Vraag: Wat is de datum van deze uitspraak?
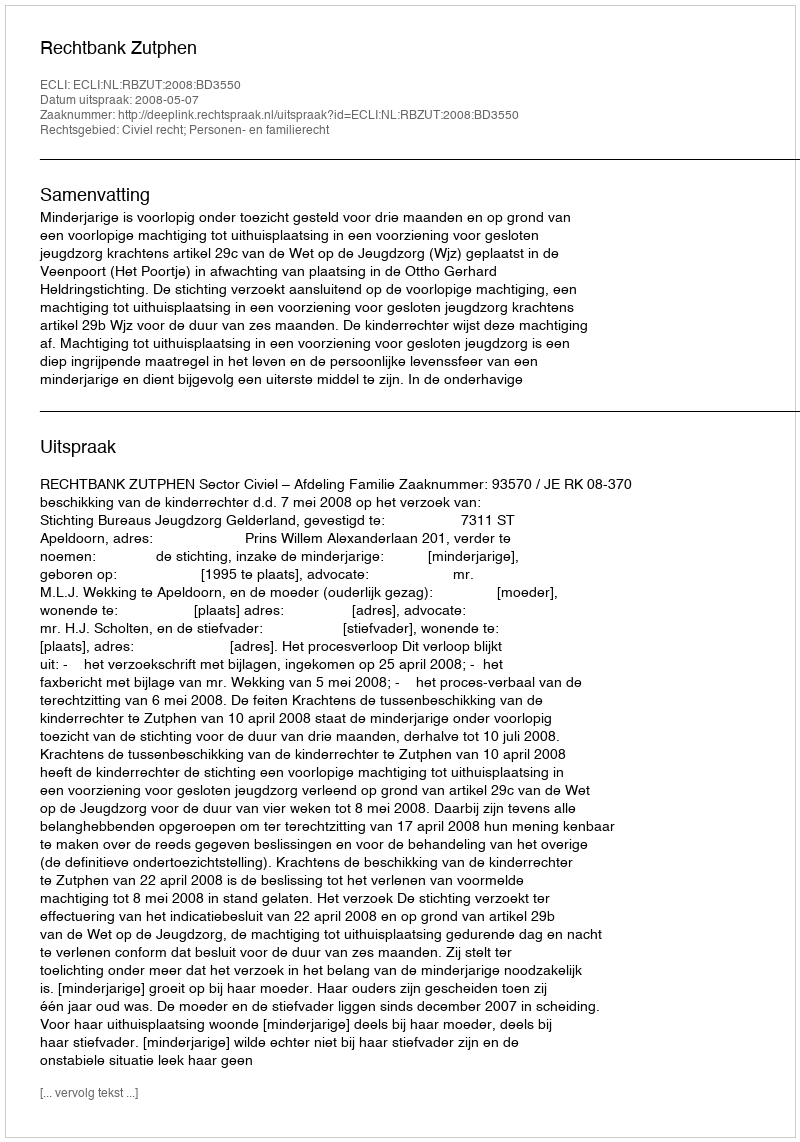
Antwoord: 2008-05-07